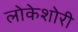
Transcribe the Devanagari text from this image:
लोकेशोरी